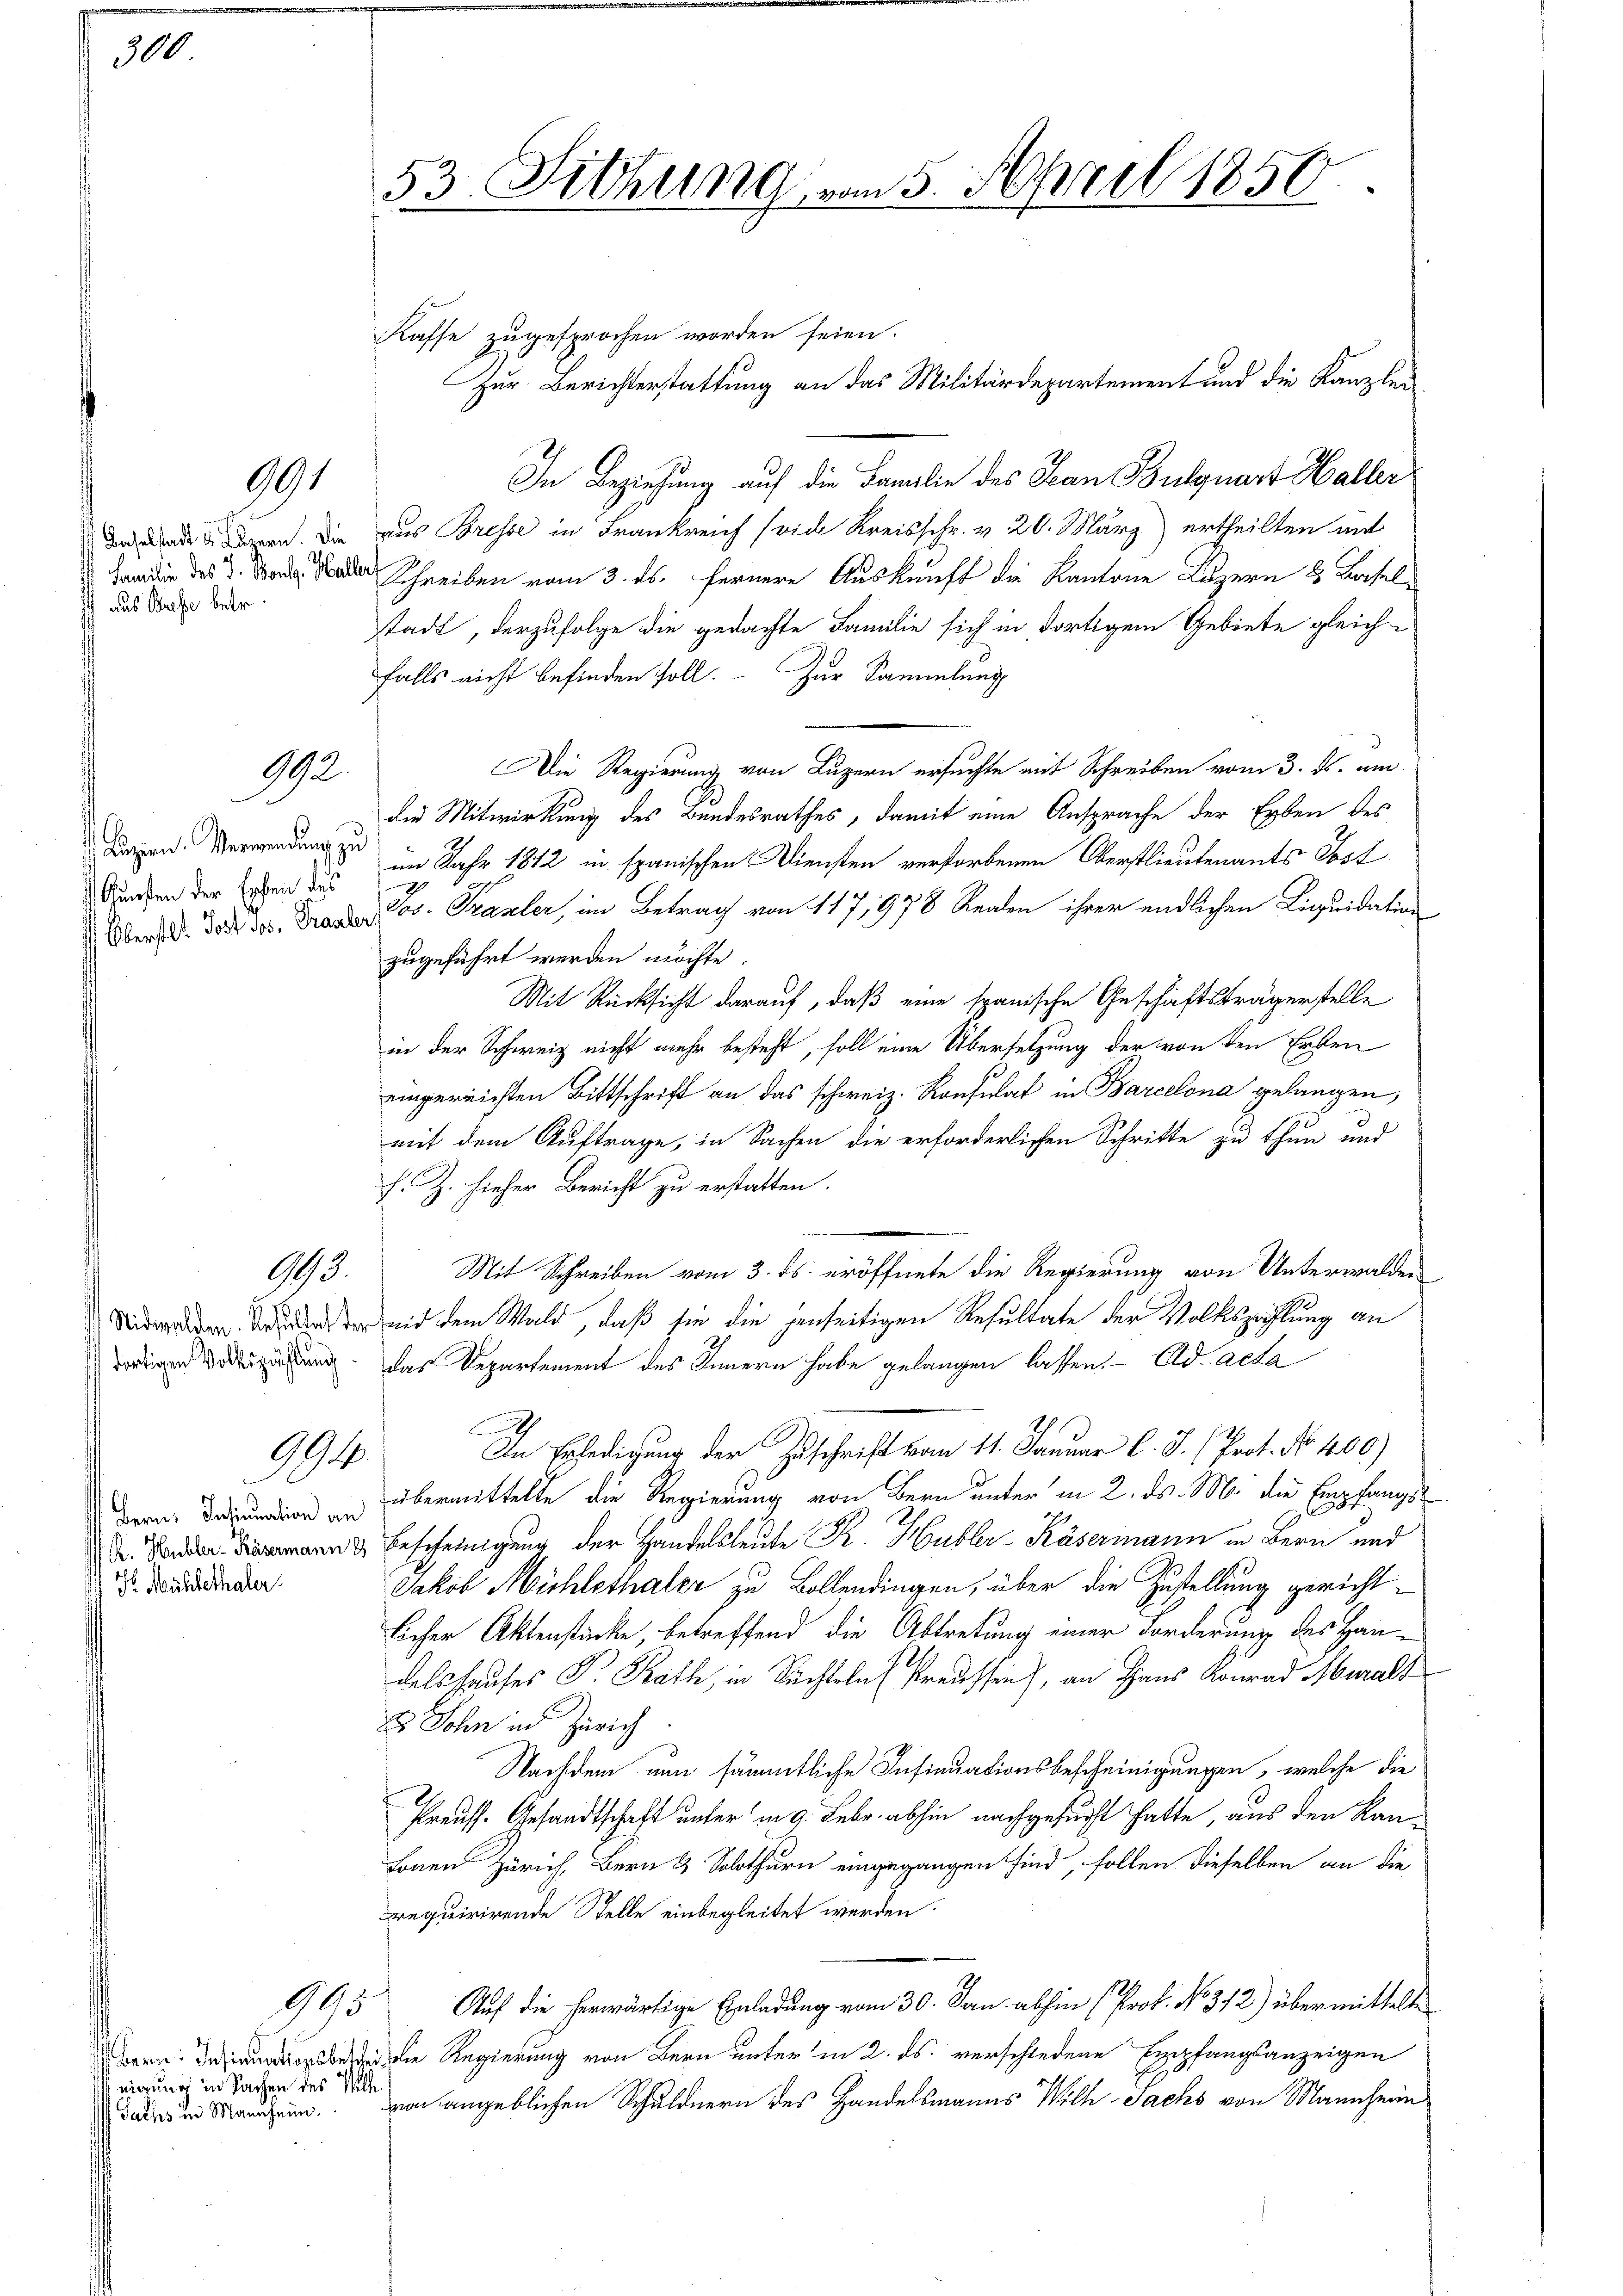
300

Baselstadt u. Luzern. Die
Familie des J. Boulg. Halle
 aus Busse betr.

992

Luzern. Verwendung zu
 Gunsten der Erhen des
Oberstet. Jost Jos. Traulen

Nidwalden. Resultat der
dortigen Volkszählung

991

13.

99.

Bern: Ansinuation an
R. Hubler-Käsermann d
h Mühlethaler

Bern: Insinuationsbetreinierung in Sachen des Willi
Sachs in Mannheim.

995

53. Sitzung vom 5. April 1856.

Kaffe zugesprochen worden seien.
Zur Berichterstattung an das Militärdepartement und die Kanzlei
In Beziehung auf die Familie des Jean Bulquart Haller
aus Bresse in Frankreich (vide Kreisschr. v. 20. März ertheilten mit
Schreiben vom 3. ds. fernere Auskunft die Kantone Luzern & Baselstadt, derzufolge die gedachte Familie sich in dortigem Gebiete gleich-
falls nicht befinden soll. Zur Sammlung
Die Regierung von Luzern ersuchte mit Schreiben vom 3. ds. am
die Mitwirkung des Bundesrathes, damit eine Ansprache der Erben des
im Jahr 1812 in spanischen Diensten verstorbenen Oberstlieutenants Post
Ih
Jos. Prasler, im Betrag von 117,978 Realen ihrer endlichen Liquidation
zugeführt werden möchte.
Mit Rücksicht darauf, daß eine spanische Geschäftsträgerstelle
in der Schweiz nicht mehr besteht, soll eine Übersetzung der von den Ersten
eingereichten Bittschrift an das schweiz. Konsulat in Barcelona gelangen,
mit dem Auftrage, in Sachen die erforderlichen Schritte zu thun und
f. Z. hieher Bericht zu erstatten.
Mit Schreiben vom 3. ds. eröffnete die Regierung von Unterwalden
mit dem Wald, daß sie die jenseitigen Resultate der Volkszählung an
das Departement des Innern habe gelangen lassen. Ad acta
In Erledigung der Zuschrift vom 11. Januar l. J. (Prot. No. 400)
übermittelte die Regierung von Bern unter in 2. ds. M. die Empfangs¬
Bescheinigung der Handelsleute R. Hubler-Käsermann in Bern und
Jakob Mühlethaler zu Bollendingen, über die Zustellung gerichtlicher Aktenstücke, betreffend die Abtretung einer Forderung des Handels Hauses P. Rath, in Suchteln Preussen), an Haus Konrad Murals
E Sohn in Zürich
Nachdem nun sämmtliche Insinuationsbescheinigungen, welche die
Preuss. Gesandtschaft unter in 9. Febr. abhin nachgesucht hatte, aus der Kan¬
Lonen Zürich, Bern & Solothurn eingegangen sind, sollen dieselben an die
requirirende Stelle einbegleitet werden.
Auf die herwärtige Einladung vom 30. Jan. abhin (Prof. No 312) übermittelte
Die Regierung von Bern unter in 2. ds. verschiedene Empfangsanzeigen
vo angeblichen Schuldnern des Handelsmanns Wilh-Jachs von Mannheim